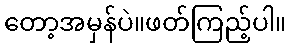
တော့အမှန်ပဲ။ဖတ်ကြည့်ပါ။